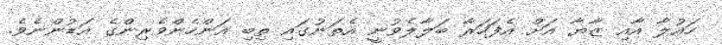
ހައުލާ އާއި ޒާޔާ އަށް އެފަހަރާ ބަލާލެވުނީ އެތަނުގައި ތިބި އަންހެންވެރިންގެ އަޑުންނެވެ.